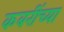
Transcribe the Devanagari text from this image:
कबरींच्या